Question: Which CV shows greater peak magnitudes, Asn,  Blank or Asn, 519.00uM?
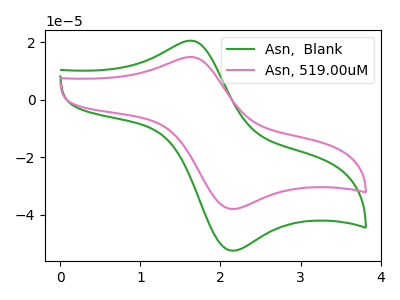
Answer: <think>The green curve "Asn,  Blank" has an anodic peak at (1.65V, 20.50uA) and a cathodic peak at (2.15V, -52.35uA). The pink curve "Asn, 519.00uM" has an anodic peak at (1.65V, 14.85uA) and a cathodic peak at (2.15V, -37.90uA).</think>
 <answer>Every peak in "Asn,  Blank" is higher than every peak in "Asn, 519.00uM".</answer>
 <eval>higher</eval>